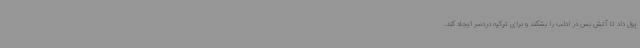
پول داد تا آتش بس در ادلب را بشکند و برای ترکیه دردسر ایجاد کند.